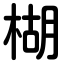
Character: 楜